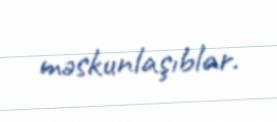
məskunlaşıblar.